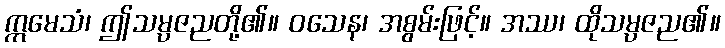
ဣမေသံ၊ ဤသမ္ပဇညတို့၏။ ဝသေန၊ အစွမ်းဖြင့်။ အဿ၊ ထိုသမ္ပဇည၏။